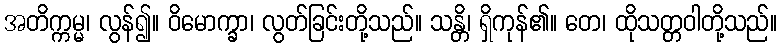
အတိက္ကမ္မ၊ လွန်၍။ ဝိမောက္ခာ၊ လွတ်ခြင်းတို့သည်။ သန္တိ၊ ရှိကုန်၏။ တေ၊ ထိုသတ္တဝါတို့သည်။